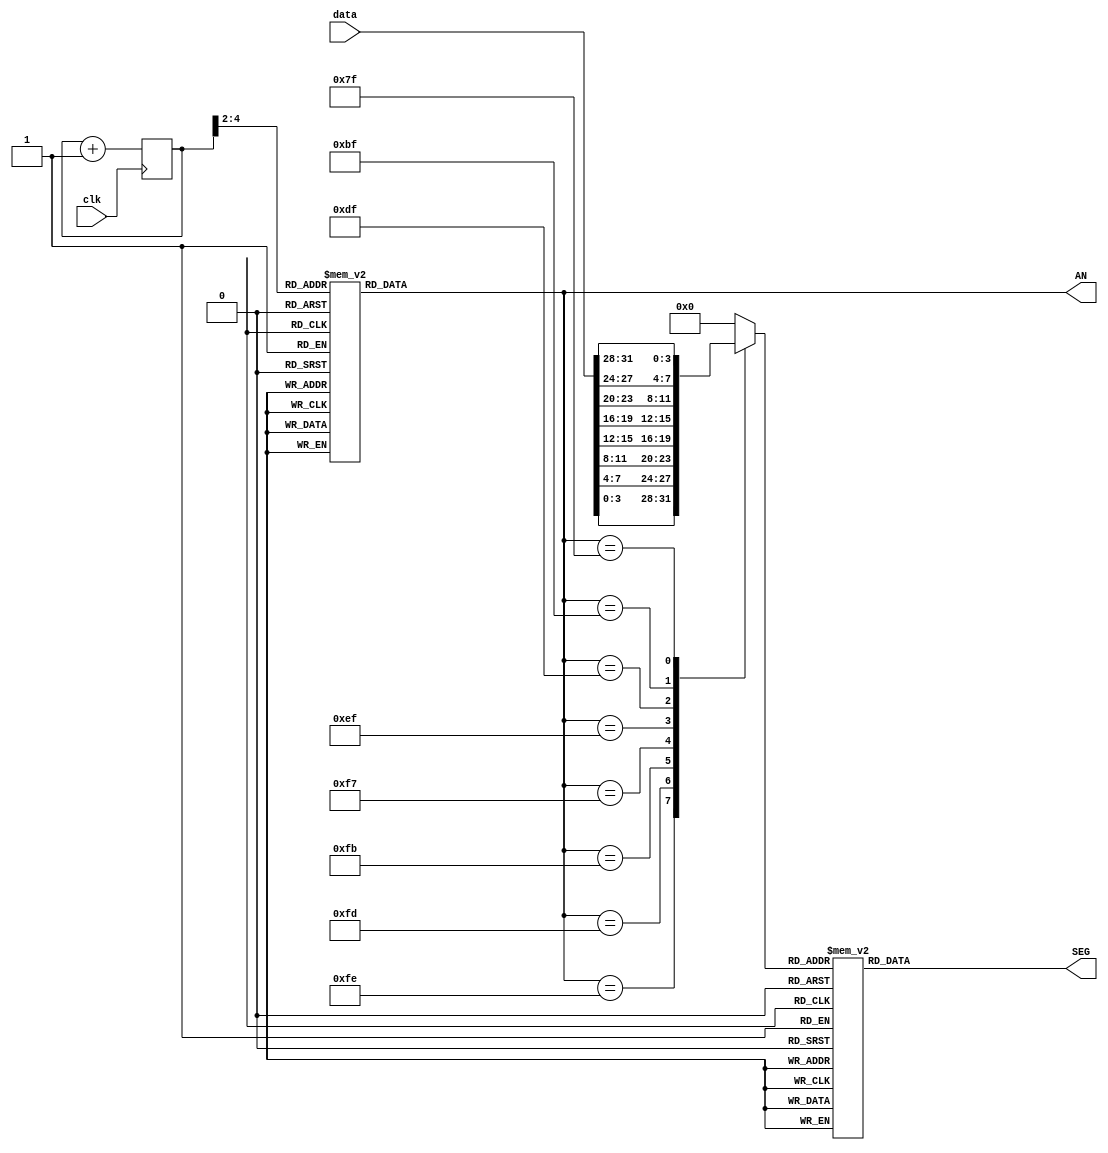
module display(clk,SEG,AN,data);
input clk;
input [31:0] data;
output reg [7:0] SEG;   //
output reg [7:0] AN;   //Ҫ
reg [4:0] scan_counter;   //ɨƵʼ [150]
reg [3:0] databuf;    //ݻ

initial begin
scan_counter<=0;
databuf<=0;
end
//ΪܵʾԼм
always @(posedge clk) begin
scan_counter<=scan_counter+1;
end
//ܵĲ
always @(scan_counter) begin

case(scan_counter[4:2])  //ѭ8
3'b000:AN=8'b1111_1110;
3'b001:AN=8'b1111_1101;
3'b010:AN=8'b1111_1011;
3'b011:AN=8'b1111_0111;
3'b100:AN=8'b1110_1111;
3'b101:AN=8'b1101_1111;
3'b110:AN=8'b1011_1111;
3'b111:AN=8'b0111_1111;
default: AN=8'b1111_1111;
endcase
end


always @(AN) begin
case(AN)    //ʾֵ
8'b1111_1110: begin   //һλ
databuf=data[3:0];  //һλ
end  
8'b1111_1101: begin//ڶλһ
databuf=data[7:4];
end
8'b1111_1011: begin
databuf=data[11:8];
end
8'b1111_0111: begin
databuf=data[15:12];
end
8'b1110_1111: begin
databuf=data[19:16];
end
8'b1101_1111: begin
databuf=data[23:20];
end
8'b1011_1111: begin
databuf=data[27:24];
end
8'b0111_1111: begin
databuf=data[31:28];
end
default: databuf=2'b0000;  //λʾ0
endcase
end

always @(databuf) begin   //ʾӦת
case(databuf)

5'b0000: SEG=8'b11000000;  //ʾ0
5'b0001: SEG=8'b11111001;  //ʾ1
5'b0010: SEG=8'b10100100;  //ʾ2
5'b0011: SEG=8'b10110000;  //ʾ3
5'b0100: SEG=8'b10011001;  //ʾ4
5'b0101: SEG=8'b10010010;  //ʾ5
5'b0110: SEG=8'b10000010;  //ʾ6
5'b0111: SEG=8'b11111000;  //ʾ7
5'b1000: SEG=8'b10000000;  //ʾ8
5'b1001: SEG=8'b10010000;  //ʾ9
5'b1010: SEG=8'b10001000;  //ʾa
5'b1011: SEG=8'b10000011;  //ʾb
5'b1100: SEG=8'b11000110;  //ʾc
5'b1101: SEG=8'b10100001;  //ʾd
5'b1110: SEG=8'b10000110;  //ʾe
5'b1111: SEG=8'b10001110;  //ʾf

endcase
end
endmodule